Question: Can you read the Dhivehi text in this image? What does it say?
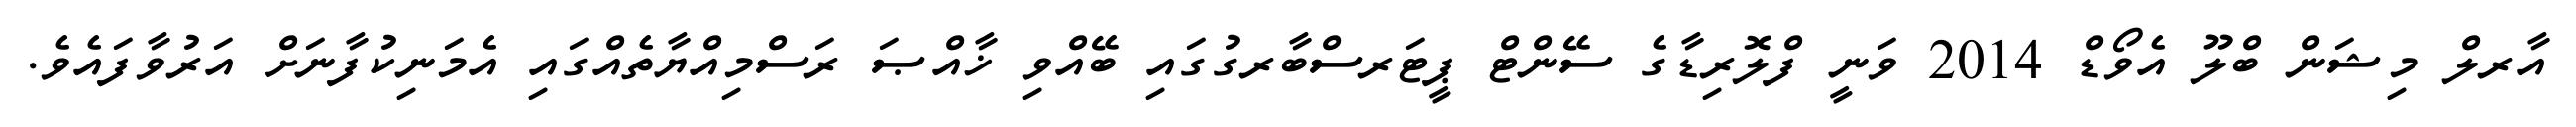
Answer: އާރލް މިޝަން ބްލޫ އެވޯޑް 2014 ވަނީ ފްލޮރިޑާގެ ސޭންޓް ޕީޓަރސްބާރގުގައި ބޭއްވި ޚާއްޞަ ރަސްމިއްޔާތެއްގައި އެމަނިކުފާނަށް އަރުވާފައެވެ.